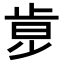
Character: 𣥶